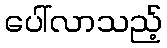
ပေါ်လာသည့်